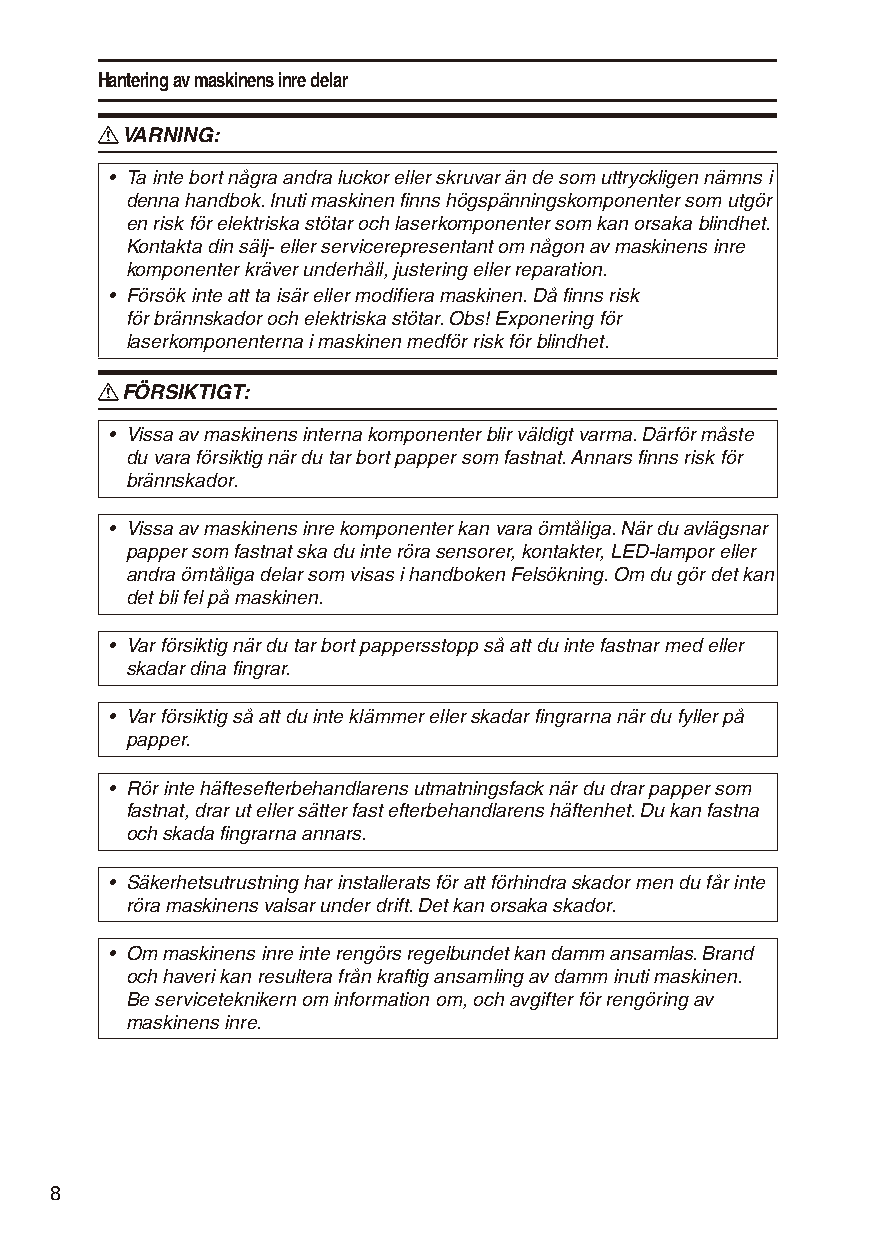
Hantering av maskinens inre delar
 R VARNING:
 • Ta inte bort några andra luckor eller skruvar än de som uttryckligen nämns i
 denna handbok. Inuti maskinen finns högspänningskomponenter som utgör
 en risk för elektriska stötar och laserkomponenter som kan orsaka blindhet.
 Kontakta din sälj- eller servicerepresentant om någon av maskinens inre
 komponenter kräver underhåll, justering eller reparation.
 • Försök inte att ta isär eller modifiera maskinen. Då finns risk
 för brännskador och elektriska stötar. Obs! Exponering för
 laserkomponenterna i maskinen medför risk för blindhet.
 R FÖRSIKTIGT:
 • Vissa av maskinens interna komponenter blir väldigt varma. Därför måste
 du vara försiktig när du tar bort papper som fastnat. Annars finns risk för
 brännskador.
 • Vissa av maskinens inre komponenter kan vara ömtåliga. När du avlägsnar
 papper som fastnat ska du inte röra sensorer, kontakter, LED-lampor eller
 andra ömtåliga delar som visas i handboken Felsökning. Om du gör det kan
 det bli fel på maskinen.
 • Var försiktig när du tar bort pappersstopp så att du inte fastnar med eller
 skadar dina fingrar.
 • Var försiktig så att du inte klämmer eller skadar fingrarna när du fyller på
 papper.
 • Rör inte häftesefterbehandlarens utmatningsfack när du drar papper som
 fastnat, drar ut eller sätter fast efterbehandlarens häftenhet. Du kan fastna
 och skada fingrarna annars.
 • Säkerhetsutrustning har installerats för att förhindra skador men du får inte
 röra maskinens valsar under drift. Det kan orsaka skador.
 • Om maskinens inre inte rengörs regelbundet kan damm ansamlas. Brand
 och haveri kan resultera från kraftig ansamling av damm inuti maskinen.
 Be serviceteknikern om information om, och avgifter för rengöring av
 maskinens inre.
 8